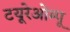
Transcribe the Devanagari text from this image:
टयूरेओम्पू